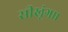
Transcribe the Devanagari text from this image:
सीखूंगा।